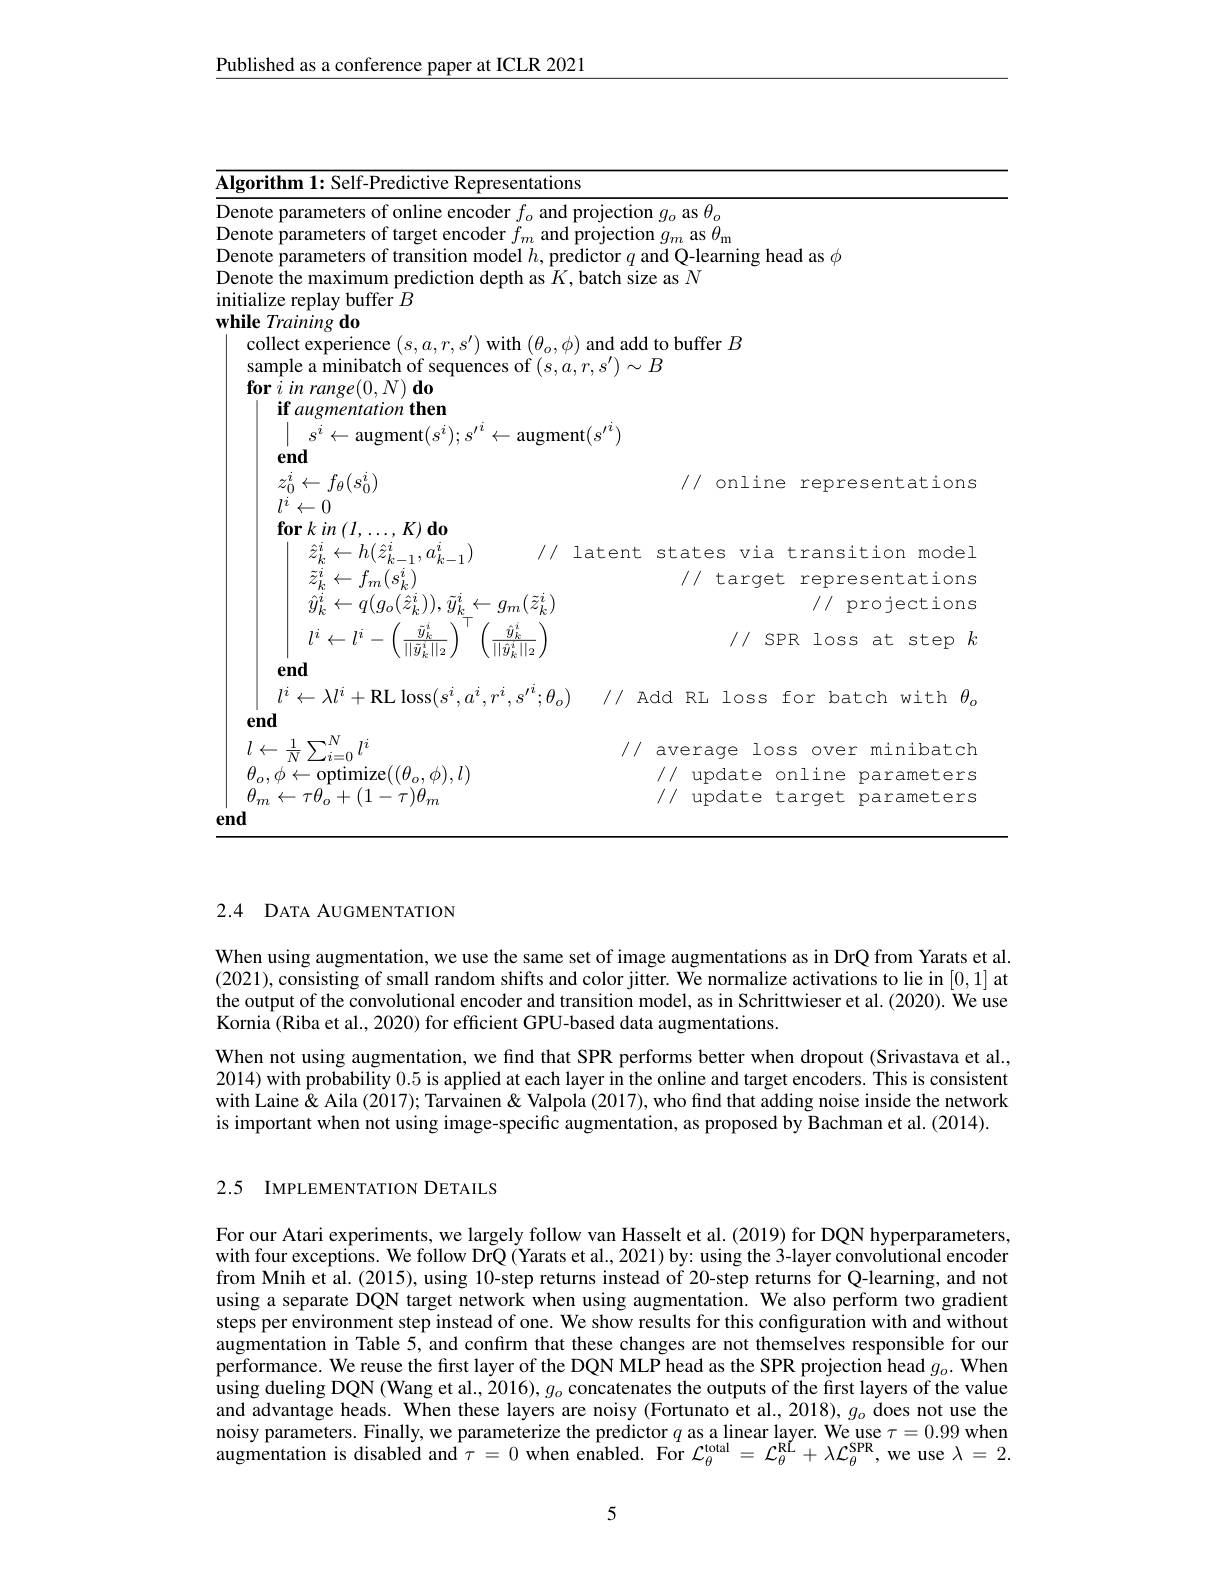
Published as a conference paper at ICLR 2021

<table>
	<tbody>
		<tr>
			<td>Algorithm 1: Self-Predictive Representations</td>
			<td> </td>
		</tr>
		<tr>
			<td>Denote param atp DPC n nlin$\rho$ encoder $f_{\mathrm{o}}$ and p</td>
			<td>$q_{o}$ as $\theta_{\alpha}$</td>
		</tr>
		<tr>
			<td> </td>
			<td>${\tilde{q}_{m}}$as$\theta_\mathrm{m}$</td>
		</tr>
		<tr>
			<td> </td>
			<td>nd O-learning head as $\phi$</td>
		</tr>
		<tr>
			<td>Denote the maximum prediction depth as $K$,b</td>
			<td>e as $N$</td>
		</tr>
		<tr>
			<td>collect experience $(s,a,r,s^{\prime})$ with $(\theta_o,\phi)$ sample a minibatch of sequences of $(s,a$, $\textbf{for }i\textit{in range}( 0, N) \textbf{do}$</td>
			<td>to buffer $B$ $B$</td>
		</tr>
		<tr>
			<td>$z_{0}^{2}$ $\leftarrow f_{\theta}(s_{0}^{i})$ $l^{\boldsymbol{\iota}}$ $\leftarrow0$</td>
			<td>// online representations</td>
		</tr>
		<tr>
			<td>$z_{0}^{i}\leftarrow f_{\theta}(s_{0}^{i})$ $l^i\leftarrow0$ $\textbf{for}kin( l.$ $K)$ $\mathrm{d} _{0}$</td>
			<td>// online representations</td>
		</tr>
		<tr>
			<td>$\leftarrow h(\hat{z}_{k-}^i$ $_{\mathrm{z-1}},a_{k-1}^{i})$ 1 1/1 $\leftarrow f_{m}(s_{k}^{i})$ $a\left(\hat{z}^{i}\right))\tilde{u}^{i}$ $a_{\mathrm{m}}(\tilde{z}_{\mathrm{m}}^{i})$</td>
			<td>states via transition mode] // target representations 1// $vro\dot{\daleth}ec+\dot{\tau}or$</td>
		</tr>
		<tr>
			<td>$\ddot{y}_{k}^{i}\leftarrow q(g_{o}(\ddot{z}_{k}^{i})),\ddot{y}_{k}^{i}\leftarrow g_{m}(\ddot{z}_{k}^{i}$ $l^{i}\leftarrow l^{i}$ $\tilde{y}_{k}^{2}$ $\hat{y}_{k}^{2}$ $\overline{||\tilde{y}_k^i||_2}$ $||\hat{y}_k^i||_2$</td>
			<td>projections $//SPRlossatstep$</td>
		</tr>
		<tr>
			<td>end $l^{i}\leftarrow\lambda l^{i}+$RL loss$(s^i,a^{i},r^{i},s^{\prime};\theta_{o})$</td>
			<td>dd RL loss for batch with</td>
		</tr>
		<tr>
			<td>end $l\leftarrow\frac{1}{N}\sum_{i=0}^{N}l^{i}$</td>
			<td>averaqe loss over =minibatch</td>
		</tr>
		<tr>
			<td>$\theta_{o},\phi\leftarrow$optimize$((\theta_{o},\phi),l)$</td>
			<td>/// update online parameters</td>
		</tr>
		<tr>
			<td>$\theta_{m}\leftarrow\tau\theta_{o}+(1-\tau)\theta_{m}$</td>
			<td>/// update target parameters</td>
		</tr>
		<tr>
			<td>end</td>
			<td> </td>
		</tr>
	</tbody>
</table>

2.4 DATA AUGMENTATION

When using augmentation, we use the same set of image augmentations as in DrQ from Yarats et al. (2021),consisting of small random shifts and color jitter. We normalize activations to lie in [0,1] at the output of the convolutional encoder and transition model, as in Schrittwieser et al. (2020). We use Kornia (Riba et al., 2020) for efficient GPU-based data augmentations.

When not using augmentation, we find that SPR performs better when dropout (Srivastava et al., 2014) with probability 0.5 is applied at each layer in the online and target encoders. This is consistent with Laine & Aila (2017); Tarvainen & Valpola (2017), who find that adding noise inside the network is important when not using image-specific augmentation, as proposed by Bachman et al. (2014).

## 2.5 IMPLEMENTATION DETAILS

For our Atari experiments, we largely follow van Hasselt et al. (2019) for DQN hyperparameters, with four exceptions. We follow DrQ (Yarats et al., 2021) by: using the 3-layer convolutional encoder from Mnih et al. (2015), using 10-step returns instead of 20-step returns for Q-learning, and not using a separate DQN target network when using augmentation. We also perform two gradient steps per environment step instead of one. We show results for this configuration with and without augmentation in Table 5, and confirm that these changes are not themselves responsible for our performance. We reuse the first layer of the DQN MLP head as the SPR projection head $g_o.$ When using dueling DQN (Wang et al., 2016), $g_o$ concatenates the outputs of the first layers of the value and advantage heads. When these layers are noisy (Fortunato et al., 2018), $g_o$ does not use the noisy parameters. Finally, we parameterize the predictor $q$ as a linear layer. We use $\tau=0.99$ when augmentation is disabled and $\tau=0$ when enabled. For $\mathcal{L}_\theta^\mathrm{total}=\mathcal{L}_\theta^\mathrm{R\'{L}}+\lambda\mathcal{L}_\theta^\mathrm{SPR}$, we use $\lambda=2.$

5